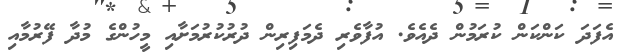
އެފަދަ ކަންކަން ކުރަމުން ދެއެވެ. އުފާވެރި ދެމަފިރިން ދުރުކުރުމަށާއި މީހުންގެ މުދާ ފޭރުމާއި